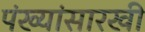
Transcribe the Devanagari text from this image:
पंख्यांसारखी